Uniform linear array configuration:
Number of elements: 24
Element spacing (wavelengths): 0.5
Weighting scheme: blackman
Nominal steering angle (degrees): -45
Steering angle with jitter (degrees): -46.143
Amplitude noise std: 0.05
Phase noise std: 0.05

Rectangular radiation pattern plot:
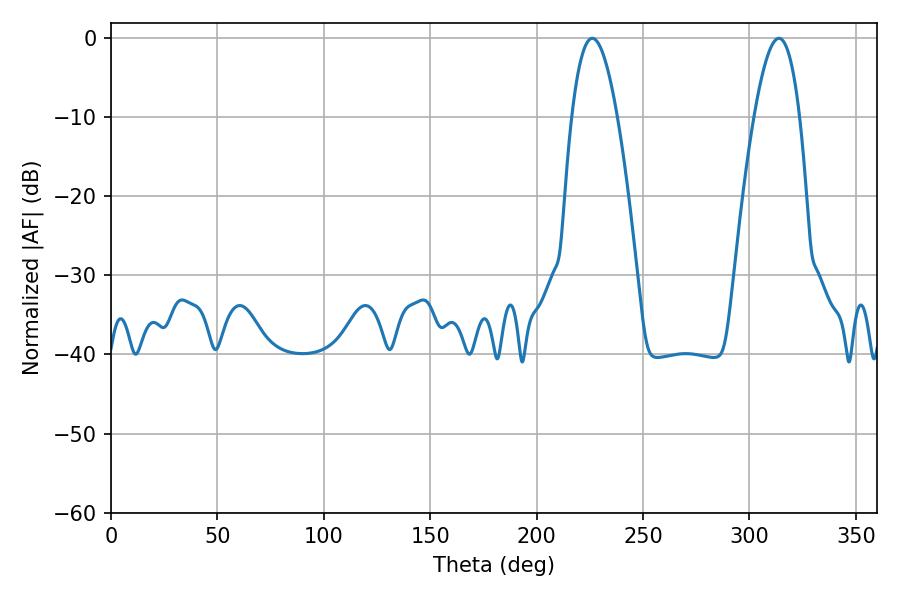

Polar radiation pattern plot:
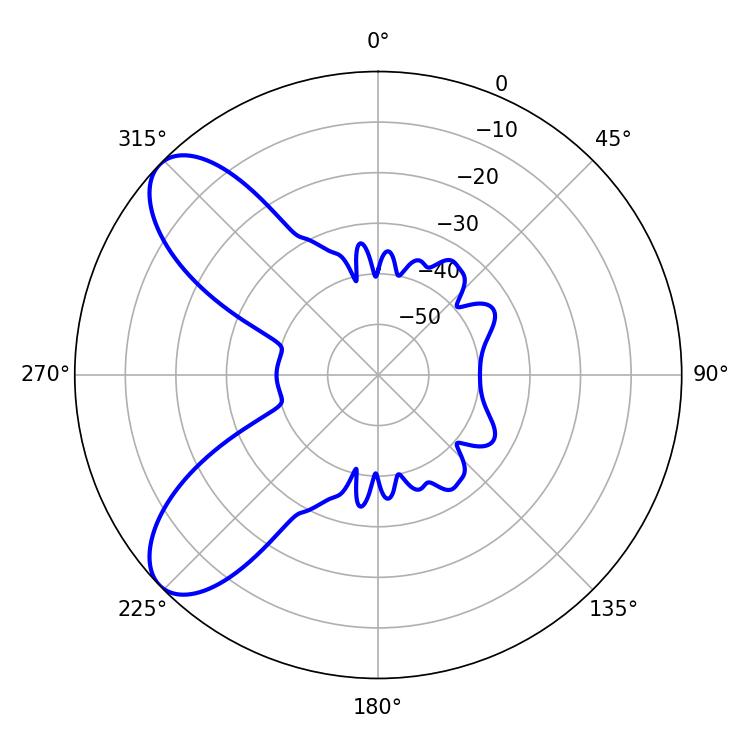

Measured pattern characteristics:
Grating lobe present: FALSE
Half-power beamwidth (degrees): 11.7
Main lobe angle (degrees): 226.08